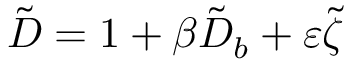
\tilde { D } = 1 + \beta \tilde { D } _ { b } + \varepsilon \tilde { \zeta }